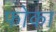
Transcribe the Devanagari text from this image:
फोका